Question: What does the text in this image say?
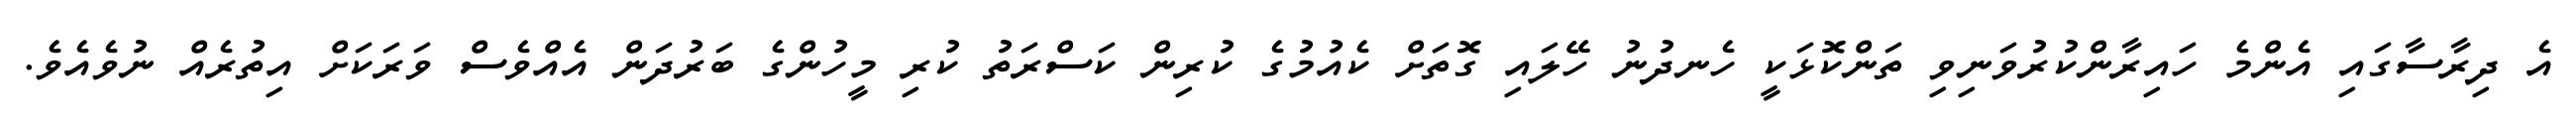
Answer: އެ ދިރާސާގައި އެންމެ ހައިރާންކުރުވަނިވި ތަންކޮޅަކީ ހެނދުނު ހޭލައި ގޮތަށް ކެއުމުގެ ކުރިން ކަސްރަތު ކުރި މީހުންގެ ބަރުދަން އެއްވެސް ވަރަކަށް އިތުރެއް ނުވެއެވެ.